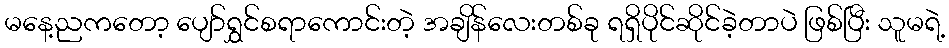
မနေ့ညကတော့ ပျော်ရွှင်စရာကောင်းတဲ့ အချိန်လေးတစ်ခု ရရှိပိုင်ဆိုင်ခဲ့တာပဲ ဖြစ်ပြီး သူမရဲ့